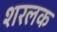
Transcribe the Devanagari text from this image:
शरलक